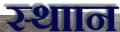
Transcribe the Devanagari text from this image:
स्थाान